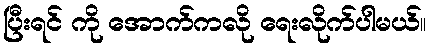
ပြီးရင် ကို အောက်ကလို ရေးလိုက်ပါမယ်။